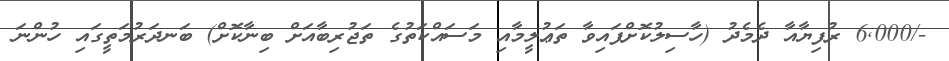
-/6